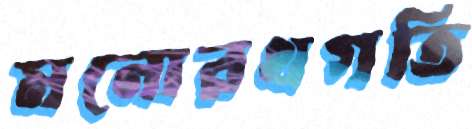
মনোরথগতি